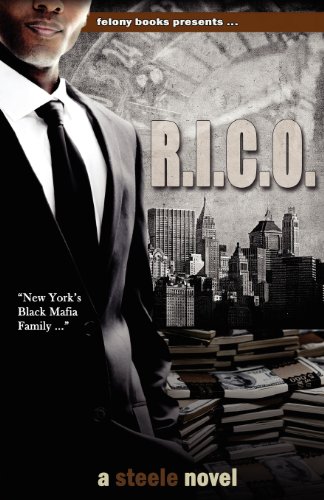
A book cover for R.I.C.O.; Tony Steele; Mystery, Thriller & Suspense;